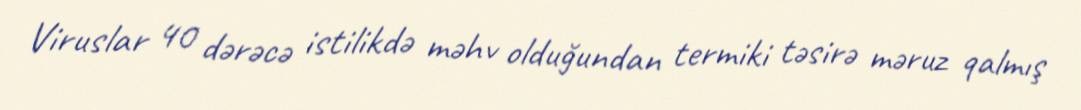
Viruslar 40 dərəcə istilikdə məhv olduğundan termiki təsirə məruz qalmış